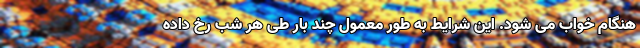
هنگام خواب می شود. این شرایط به طور معمول چند بار طی هر شب رخ داده